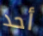
أحد